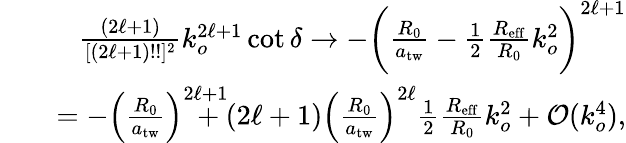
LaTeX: \begin{array}{rlr}&{}&{\frac{(2\ell+1)}{[(2\ell+1)!!]^{2}}k_{o}^{2\ell+1}\cot\delta\rightarrow-\bigg(\frac{R_{0}}{a_{\mathrm{tw}}}-\frac{1}{2}\frac{R_{\mathrm{eff}}}{R_{0}}k_{o}^{2}\bigg)^{2\ell+1}}\\ &{}&{=-\left(\frac{R_{0}}{a_{\mathrm{tw}}}\right)^{2\ell+1}\! \! \! \! \! \! \! \! +(2\ell+1)\left(\frac{R_{0}}{a_{\mathrm{tw}}}\right)^{2\ell}\frac{1}{2}\frac{R_{\mathrm{eff}}}{R_{0}}k_{o}^{2}+{\cal O}(k_{o}^{4}),}\end{array}